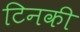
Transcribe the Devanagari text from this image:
टिनकी